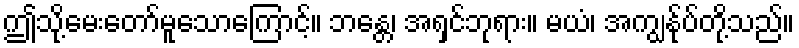
ဤသို့မေးတော်မူသောကြောင့်။ ဘန္တေ၊ အရှင်ဘုရား။ မယံ၊ အကျွန်ုပ်တို့သည်။